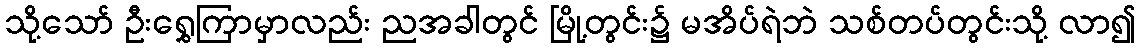
သို့သော် ဦးရွှေကြာမှာလည်း ညအခါတွင် မြို့တွင်း၌ မအိပ်ရဲဘဲ သစ်တပ်တွင်းသို့ လာ၍